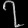
Digit: ၇